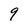
Character: 9